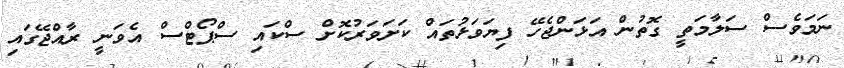
ނަމަވެސް ސަލާމަތީ ގޮތުން އަޅަންޖެހޭ ފިޔަވަޅުތައް ކަށަވަރުކޮށް ސްކައި ސްޕޯޓްސް އެވަނީ ރާއްޖޭގައި